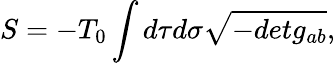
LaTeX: S=-T_{0}\int d\tau d\sigma\sqrt{-detg_{ab}},